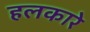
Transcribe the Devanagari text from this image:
हलकारे